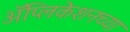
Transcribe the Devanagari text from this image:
अॅप्लिकेशनच्या